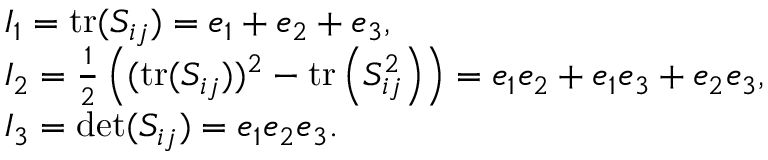
\begin{array} { l } { I _ { 1 } = \operatorname { t r } ( S _ { i j } ) = e _ { 1 } + e _ { 2 } + e _ { 3 } , } \\ { I _ { 2 } = \frac { 1 } { 2 } \left( ( \operatorname { t r } ( S _ { i j } ) ) ^ { 2 } - \operatorname { t r } \left( S _ { i j } ^ { 2 } \right) \right) = e _ { 1 } e _ { 2 } + e _ { 1 } e _ { 3 } + e _ { 2 } e _ { 3 } , } \\ { I _ { 3 } = \det ( S _ { i j } ) = e _ { 1 } e _ { 2 } e _ { 3 } . } \end{array}